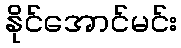
နိုင်အောင်မင်း